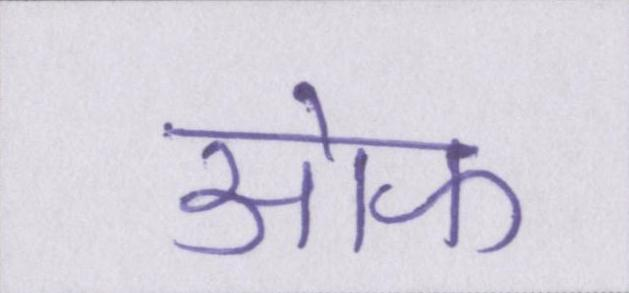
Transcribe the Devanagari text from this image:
आ॓फ